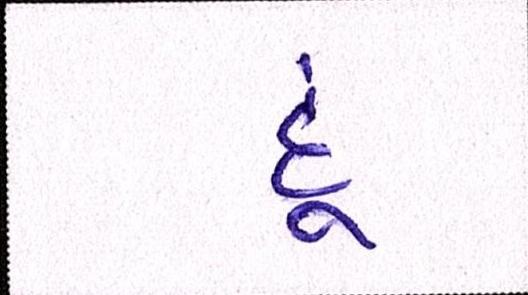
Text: દૂં